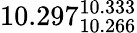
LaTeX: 10.297_{10.266}^{10.333}